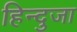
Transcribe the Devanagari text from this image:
हिन्दुजा